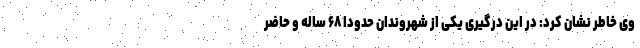
وی خاطر نشان کرد: در این درگیری یکی از شهروندان حدودا ۶۸ ساله و حاضر